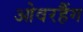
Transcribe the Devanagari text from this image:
ओवरहैंग